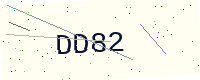
Text: DD82